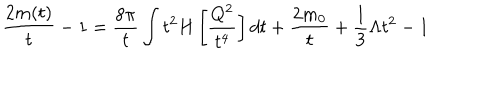
\frac { 2 m ( t ) } { t } - 1 = \frac { 8 \pi } { t } \int t ^ { 2 } H \left[ \frac { Q ^ { 2 } } { t ^ { 4 } } \right] d t + \frac { 2 m _ { 0 } } { t } + \frac { 1 } { 3 } \Lambda t ^ { 2 } - 1